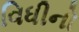
વિધીનો